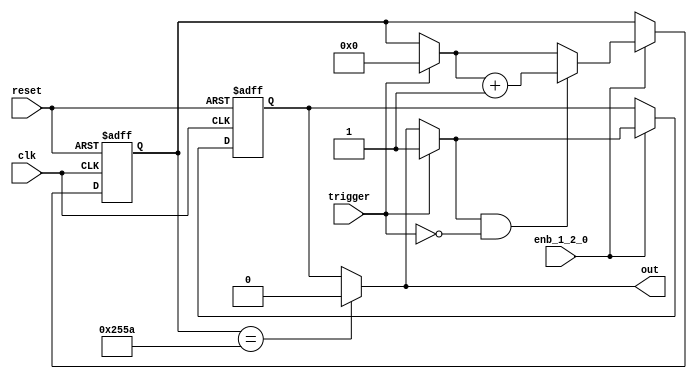
// -------------------------------------------------------------
// 
// 
// Generated by MATLAB 9.13 and HDL Coder 4.0
// 
// -------------------------------------------------------------


// -------------------------------------------------------------
// 
// Module: whdlOFDMTx_MATLAB_Function2
// Source Path: whdlOFDMTx/Frame Controller and Input Sampler/Frame Controller/Generate OFDM Modulator Ready/Control 
// OFDM Signal Generation/MATLAB Function
// Hierarchy Level: 7
// 
// -------------------------------------------------------------

`timescale 1 ns / 1 ns

module whdlOFDMTx_MATLAB_Function2
          (clk,
           reset,
           enb_1_2_0,
           trigger,
           out);


  input   clk;
  input   reset;
  input   enb_1_2_0;
  input   trigger;
  output  out;


  reg  out_1;
  reg [13:0] count;  // ufix14
  reg  state;
  reg [13:0] count_next;  // ufix14
  reg  state_next;
  reg [13:0] count_temp;  // ufix14
  reg  state_temp;


  always @(posedge clk or posedge reset)
    begin : MATLAB_Function2_process
      if (reset == 1'b1) begin
        count <= 14'b00000000000000;
        state <= 1'b0;
      end
      else begin
        if (enb_1_2_0) begin
          count <= count_next;
          state <= state_next;
        end
      end
    end

  always @(count, state, trigger) begin
    count_temp = count;
    state_temp = state;
    // %% Executes in next clock cycle
    if (count == 14'b10010101011010) begin
      state_temp = 1'b0;
    end
    out_1 = state_temp;
    // %% Executes in current clock cycle
    if (trigger) begin
      state_temp = 1'b1;
      count_temp = 14'b00000000000000;
    end
    if (state_temp && ( ! trigger)) begin
      count_temp = count_temp + 14'b00000000000001;
    end
    count_next = count_temp;
    state_next = state_temp;
  end



  assign out = out_1;

endmodule  // whdlOFDMTx_MATLAB_Function2